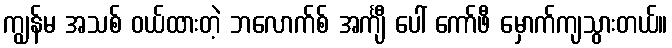
ကျွန်မ အသစ် ဝယ်ထားတဲ့ ဘလောက်စ် အင်္ကျီ ပေါ် ကော်ဖီ မှောက်ကျသွားတယ်။